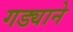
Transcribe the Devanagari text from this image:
गड्याने